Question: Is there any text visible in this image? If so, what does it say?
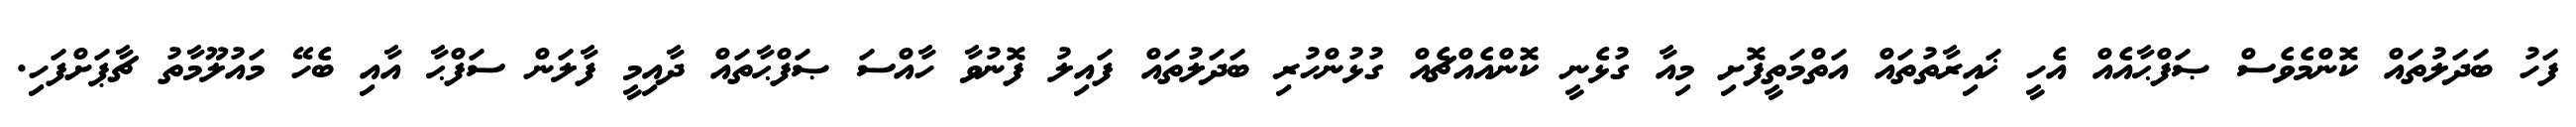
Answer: ފަހު ބަދަލުތައް ކޮންމެވެސް ޞަފްޙާއެއް އެހީ ޚައިރާތުތައް އަތްމަތީފޮށި މިއާ ގުޅެނީ ކޮންއެއްޗެއް ގުޅުންހުރި ބަދަލުތައް ފައިލު ފޮނުވާ ހާއްސަ ޞަފްޙާތައް ދާއިމީ ފާލަން ސަފްޙާ އާއި ބެހޭ މައުލޫމާތު ޗާޕަށްފަހި.